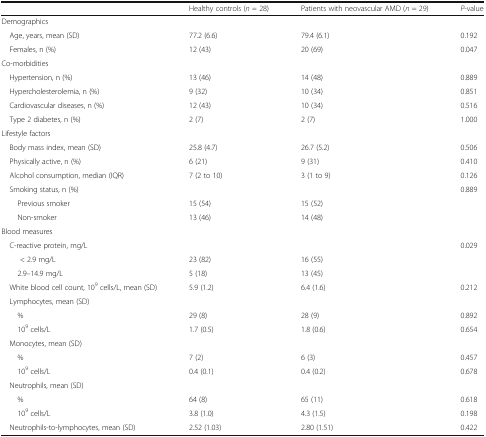
<table><thead><tr><td></td><td><b>Healthy controls (<i>n</i> = 28)</b></td><td><b>Patients with neovascular AMD (<i>n</i> = 29)</b></td><td><b><i>P</i>-value</b></td></tr></thead><tbody><tr><td colspan="4">Demographics</td></tr><tr><td> Age, years, mean (SD)</td><td>77.2 (6.6)</td><td>79.4 (6.1)</td><td>0.192</td></tr><tr><td> Females, n (%)</td><td>12 (43)</td><td>20 (69)</td><td>0.047</td></tr><tr><td>Co-morbidities</td><td></td><td></td><td></td></tr><tr><td> Hypertension, n (%)</td><td>13 (46)</td><td>14 (48)</td><td>0.889</td></tr><tr><td> Hypercholesterolemia, n (%)</td><td>9 (32)</td><td>10 (34)</td><td>0.851</td></tr><tr><td> Cardiovascular diseases, n (%)</td><td>12 (43)</td><td>10 (34)</td><td>0.516</td></tr><tr><td> Type 2 diabetes, n (%)</td><td>2 (7)</td><td>2 (7)</td><td>1.000</td></tr><tr><td colspan="4">Lifestyle factors</td></tr><tr><td> Body mass index, mean (SD)</td><td>25.8 (4.7)</td><td>26.7 (5.2)</td><td>0.506</td></tr><tr><td> Physically active, n (%)</td><td>6 (21)</td><td>9 (31)</td><td>0.410</td></tr><tr><td> Alcohol consumption, median (IQR)</td><td>7 (2 to 10)</td><td>3 (1 to 9)</td><td>0.126</td></tr><tr><td> Smoking status, n (%)</td><td></td><td></td><td>0.889</td></tr><tr><td>Previous smoker</td><td>15 (54)</td><td>15 (52)</td><td></td></tr><tr><td>Non-smoker</td><td>13 (46)</td><td>14 (48)</td><td></td></tr><tr><td colspan="4">Blood measures</td></tr><tr><td> C-reactive protein, mg/L</td><td></td><td></td><td>0.029</td></tr><tr><td>&lt; 2.9 mg/L</td><td>23 (82)</td><td>16 (55)</td><td></td></tr><tr><td>2.9–14.9 mg/L</td><td>5 (18)</td><td>13 (45)</td><td></td></tr><tr><td> White blood cell count, 10<sup>9</sup> cells/L, mean (SD)</td><td>5.9 (1.2)</td><td>6.4 (1.6)</td><td>0.212</td></tr><tr><td colspan="4"> Lymphocytes, mean (SD)</td></tr><tr><td>%</td><td>29 (8)</td><td>28 (9)</td><td>0.892</td></tr><tr><td>10<sup>9</sup> cells/L</td><td>1.7 (0.5)</td><td>1.8 (0.6)</td><td>0.654</td></tr><tr><td colspan="4"> Monocytes, mean (SD)</td></tr><tr><td>%</td><td>7 (2)</td><td>6 (3)</td><td>0.457</td></tr><tr><td>10<sup>9</sup> cells/L</td><td>0.4 (0.1)</td><td>0.4 (0.2)</td><td>0.678</td></tr><tr><td colspan="4"> Neutrophils, mean (SD)</td></tr><tr><td>%</td><td>64 (8)</td><td>65 (11)</td><td>0.618</td></tr><tr><td>10<sup>9</sup> cells/L</td><td>3.8 (1.0)</td><td>4.3 (1.5)</td><td>0.198</td></tr><tr><td> Neutrophils-to-lymphocytes, mean (SD)</td><td>2.52 (1.03)</td><td>2.80 (1.51)</td><td>0.422</td></tr></tbody></table>